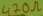
Text: 470Ω